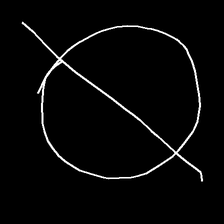
Glyph: orb